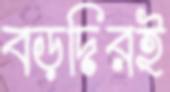
বড়দিরই